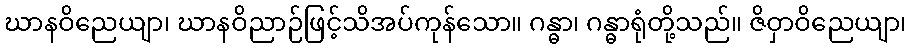
ဃာနဝိညေယျာ၊ ဃာနဝိညာဉ်ဖြင့်သိအပ်ကုန်သော။ ဂန္ဓာ၊ ဂန္ဓာရုံတို့သည်။ ဇိဝှာဝိညေယျာ၊